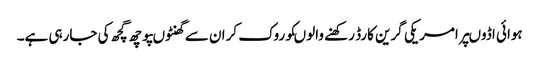
ہوائی اڈوںپرامریکی گرین کارڈ رکھنے والوںکوروک کران سے گھنٹوںپوچھ گچھ کی جارہی ہے۔